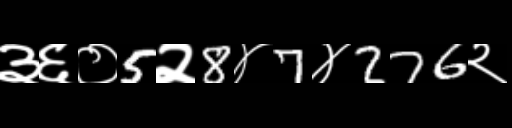
Text: ३६०5२8४7४276२